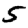
Digit: 5